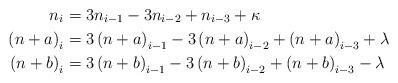
LaTeX: \begin{align*}n_{i} & =3n_{i-1}-3n_{i-2}+n_{i-3}+\kappa\\\left(n+a\right)_{i} & =3\left(n+a\right)_{i-1}-3\left(n+a\right)_{i-2}+\left(n+a\right)_{i-3}+\lambda\\\left(n+b\right)_{i} & =3\left(n+b\right)_{i-1}-3\left(n+b\right)_{i-2}+\left(n+b\right)_{i-3}-\lambda\end{align*}